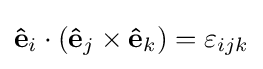
\mathbf {\hat {e}} _{i}\cdot (\mathbf {\hat {e}} _{j}\times \mathbf {\hat {e}} _{k})=\varepsilon _{ijk}